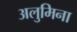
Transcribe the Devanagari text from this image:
अलुमिना